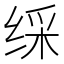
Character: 䌽